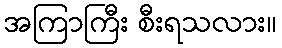
အကြာကြီး စီးရသလား။